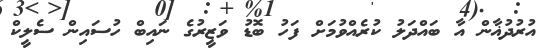
އުރުދުޣާން އާ ބައްދަލު ކުރެއްވުމަށް ފަހު ބޮޑު ވަޒީރުގެ ނައިބް ހުސައިން ސެލީކް